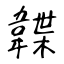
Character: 韘